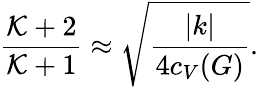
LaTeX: {\frac{{\cal K}+2}{{\cal K}+1}}\approx\sqrt{\frac{|k|}{4c_{V}(G)}}.